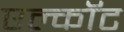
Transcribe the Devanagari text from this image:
एल्कॉट